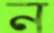
ন